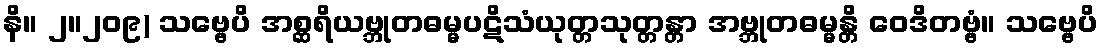
နိ။ ၂။၂၀၉) သဗ္ဗေပိ အစ္ဆရိယဗ္ဘုတဓမ္မပဋိသံယုတ္တသုတ္တန္တာ အဗ္ဘုတဓမ္မန္တိ ဝေဒိတဗ္ဗံ။ သဗ္ဗေပိ